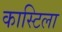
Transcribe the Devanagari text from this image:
कास्टिला